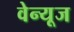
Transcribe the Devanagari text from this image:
वेन्यूज